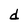
Character: d